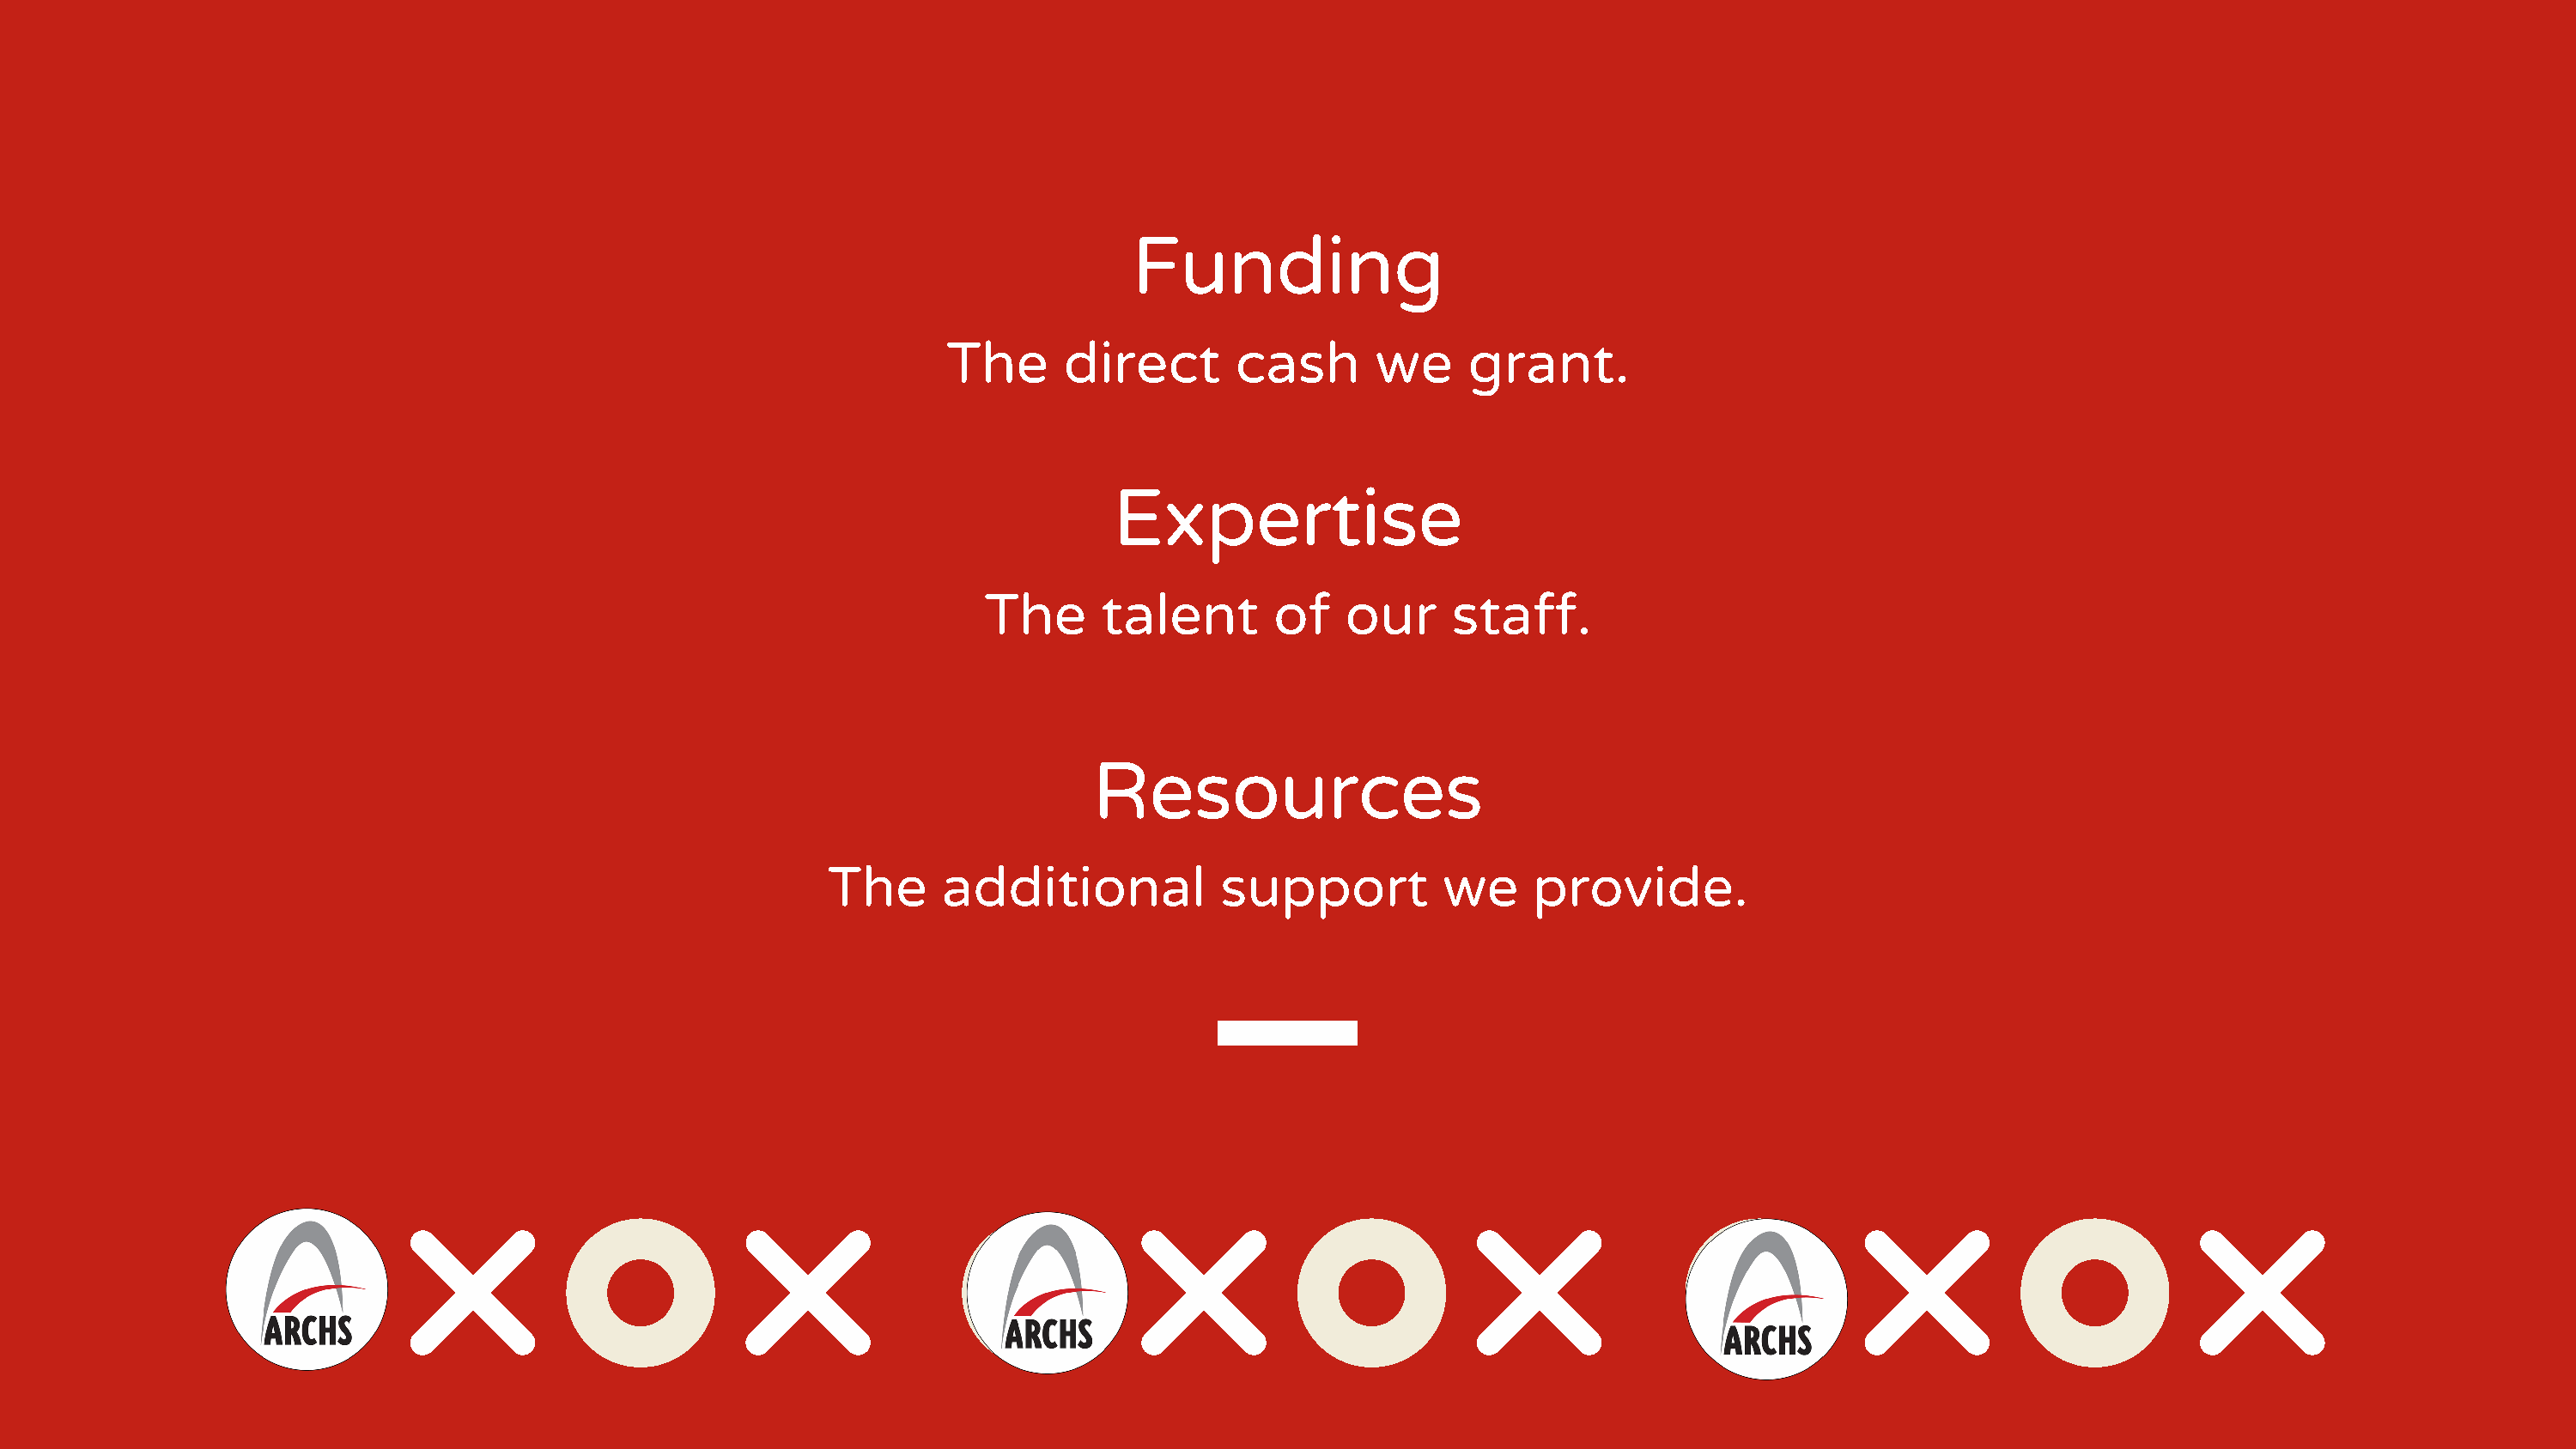
Funding
 The      direct       cash       we     grant.
 Expertise
 The      talent       of    our     staff.
 Resources
 The      additional           support          we     provide.